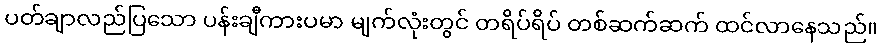
ပတ်ချာလည်ပြသော ပန်းချီကားပမာ မျက်လုံးတွင် တရိပ်ရိပ် တစ်ဆက်ဆက် ထင်လာနေသည်။